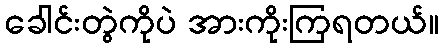
ခေါင်းတွဲကိုပဲ အားကိုးကြရတယ်။